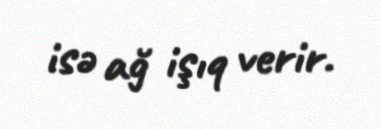
isə ağ işıq verir.